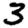
Digit: 3